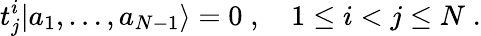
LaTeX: t_{j}^{i}|a_{1},\ldots,a_{N-1}\rangle=0\; ,\quad 1\leq i<j\leq N\; .